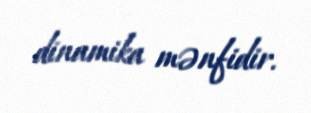
dinamika mənfidir.